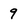
Character: 9